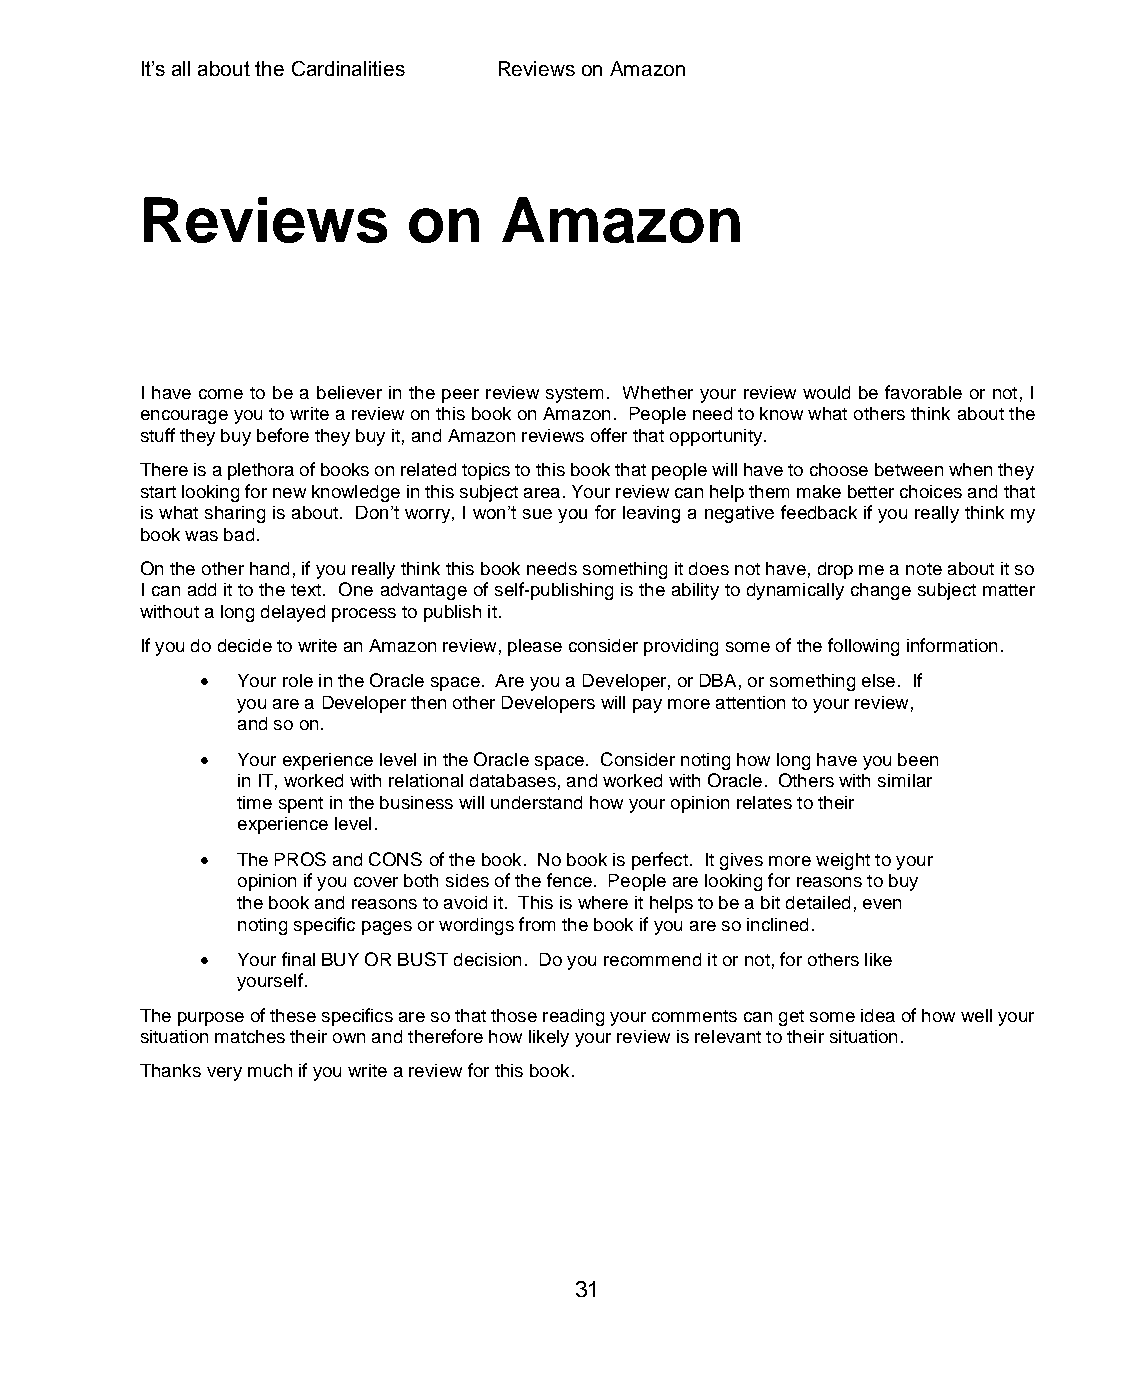
It’s all about the Cardinalities Reviews on Amazon
 Reviews           on    Amazon
 I have come to be a believer in the peer review system. Whether your review would be favorable or not, I
 encourage you to write a review on this book on Amazon. People need to know what others think about the
 stuff they buy before they buy it, and Amazon reviews offer that opportunity.
 There is a plethora of books on related topics to this book that people will have to choose between when they
 start looking for new knowledge in this subject area. Your review can help them make better choices and that
 is what sharing is about. Don’t worry, I won’t sue you for leaving a negative feedback if you really think my
 book was bad.
 On the other hand, if you really think this book needs something it does not have, drop me a note about it so
 I can add it to the text. One advantage of self-publishing is the ability to dynamically change subject matter
 without a long delayed process to publish it.
 If you do decide to write an Amazon review, please consider providing some of the following information.
   Your role in the Oracle space. Are you a Developer, or DBA, or something else. If
 you are a Developer then other Developers will pay more attention to your review,
 and so on.
   Your experience level in the Oracle space. Consider noting how long have you been
 in IT, worked with relational databases, and worked with Oracle. Others with similar
 time spent in the business will understand how your opinion relates to their
 experience level.
   The PROS and CONS of the book. No book is perfect. It gives more weight to your
 opinion if you cover both sides of the fence. People are looking for reasons to buy
 the book and reasons to avoid it. This is where it helps to be a bit detailed, even
 noting specific pages or wordings from the book if you are so inclined.
   Your final BUY OR BUST decision. Do you recommend it or not, for others like
 yourself.
 The purpose of these specifics are so that those reading your comments can get some idea of how well your
 situation matches their own and therefore how likely your review is relevant to their situation.
 Thanks very much if you write a review for this book.
 31